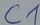
Text: C1